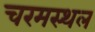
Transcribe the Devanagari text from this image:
चरमस्थल